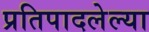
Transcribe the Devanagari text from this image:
प्रतिपादलेल्या